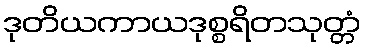
ဒုတိယကာယဒုစ္စရိတသုတ္တံ